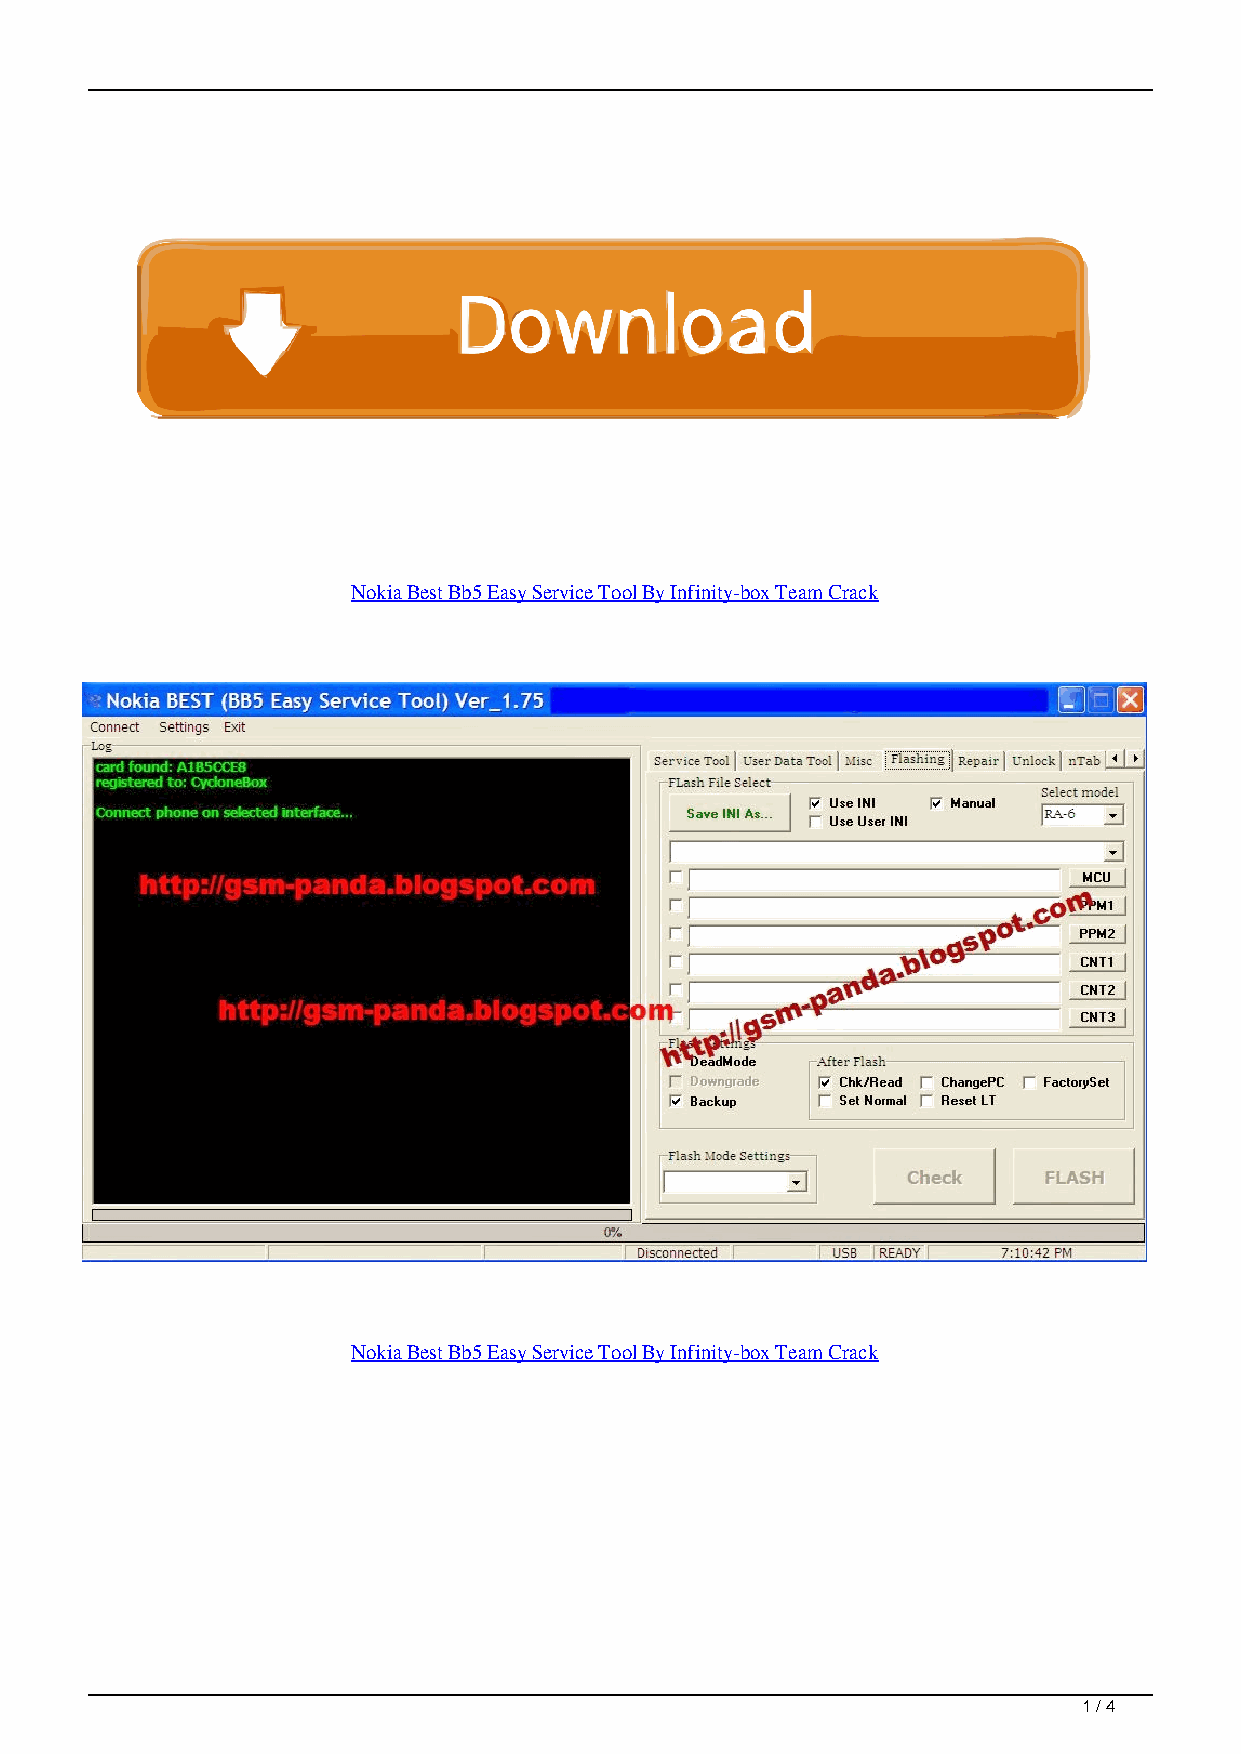
Nokia Best Bb5 Easy Service Tool By Infinity-box Team Crack
 Nokia Best Bb5 Easy Service Tool By Infinity-box Team Crack
 1 / 4